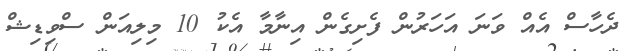
ދެހާސް އެއް ވަނަ އަހަރުން ފެށިގެން އިނާމާ އެކު 10 މިލިއަން ސްވިޑިޝް